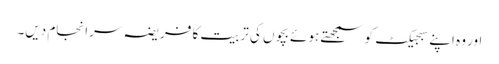
اور وہ اپنے سبجیکٹ کو سمجھتے ہوئے بچوں کی تربیت کا فریضہ سرانجام دیں۔